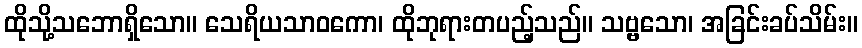
ထိုသို့သဘောရှိသော။ သေရိယသာဝကော၊ ထိုဘုရားတပည့်သည်။ သဗ္ဗသော၊ အခြင်းခပ်သိမ်း။